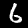
Label: 6